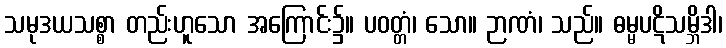
သမုဒယသစ္စာ တည်းဟူသော အကြောင်း၌။ ပဝတ္တံ၊ သော။ ဉာဏံ၊ သည်။ ဓမ္မပဋိသမ္ဘိဒါ၊